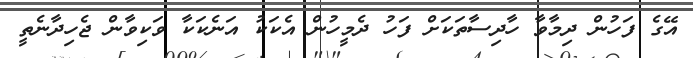
އޭގެ ފަހުން ދިމާވާ ހާދިސާތަކަށް ފަހު ދެމީހުން އެކަކު އަނެކަކާ ވަކިވާން ޖެހިދާނެތީ